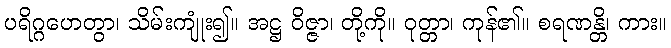
ပရိဂ္ဂဟေတွာ၊ သိမ်းကျုံး၍။ အဋ္ဌ ဝိဇ္ဇာ၊ တို့ကို။ ဝုတ္တာ၊ ကုန်၏။ စရဏန္တိ၊ ကား။